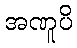
အဏူပိ